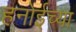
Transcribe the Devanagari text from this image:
हनोईच्या